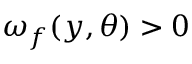
\omega _ { f } ( y , \theta ) > 0